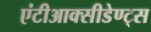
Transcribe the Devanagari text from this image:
एंटीआक्सीडेण्ट्स